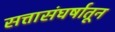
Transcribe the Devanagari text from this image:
सत्तासंघर्षातून